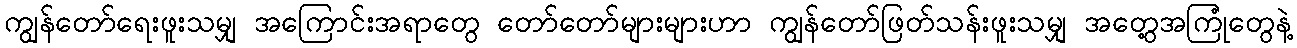
ကျွန်တော်ရေးဖူးသမျှ အကြောင်းအရာတွေ တော်တော်များများဟာ ကျွန်တော်ဖြတ်သန်းဖူးသမျှ အတွေ့အကြုံတွေနဲ့